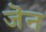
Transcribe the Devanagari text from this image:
जॆन